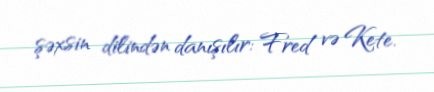
şəxsin dilindən danışılır: Fred və Kete.